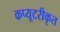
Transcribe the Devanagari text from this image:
कप्यूटरीकृत